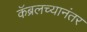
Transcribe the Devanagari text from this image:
कॅब्रलच्यानंतर